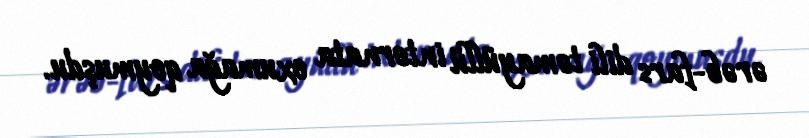
ərəb-fars dili təmayüllü internata oxumağa qoymuşdu.